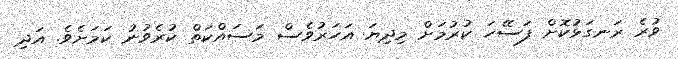
ވުރެ ރަނގަޅުކޮށް ފަސޭހަ ކުރުމަށް މިދިޔަ އަހަރުވެސް މަސައްކަތް ކުރެވުނު ކަމަށެވެ. އަދި